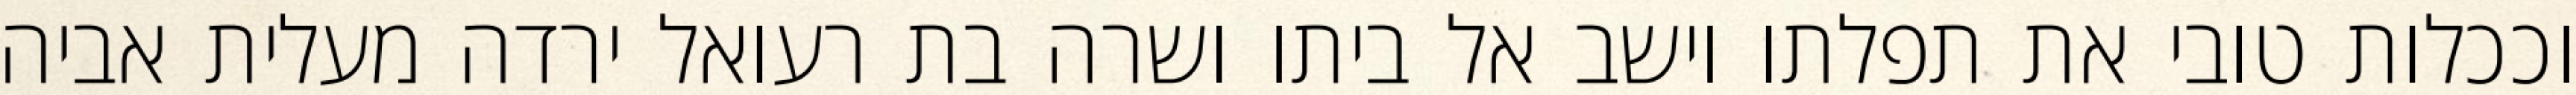
וככלות טובי את תפלתו וישב אל ביתו ושרה בת רעואל ירדה מעלית אביה